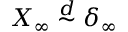
X _ { \infty } \stackrel { d } { \sim } \delta _ { \infty }